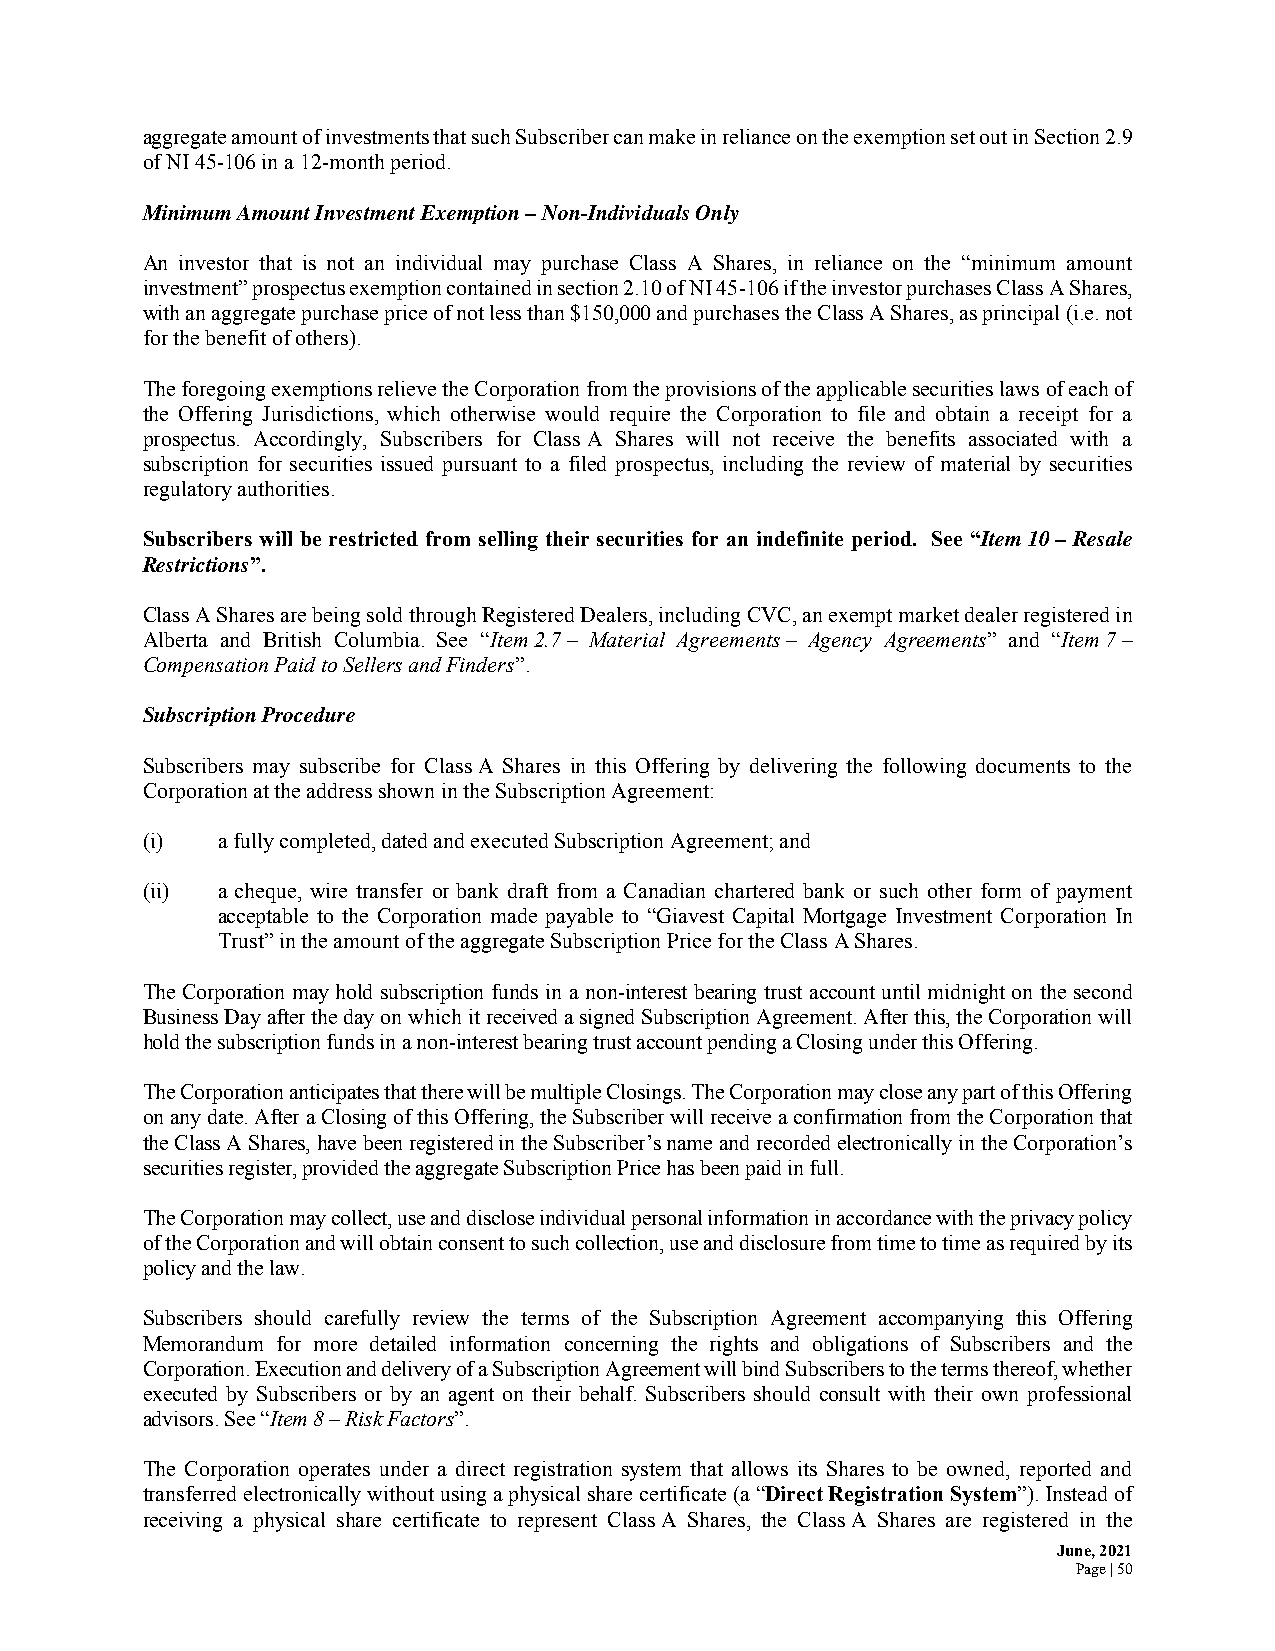
aggregate amount of investments that such Subscriber can make in reliance on the exemption set out in Section 2.9
 of NI 45-106 in a 12-month period.
 Minimum Amount Investment Exemption – Non-Individuals Only
 An investor that is not an individual may purchase Class A Shares, in reliance on the “minimum amount
 investment” prospectus exemption contained in section 2.10 of NI 45-106 if the investor purchases Class A Shares,
 with an aggregate purchase price of not less than $150,000 and purchases the Class A Shares, as principal (i.e. not
 for the benefit of others).
 The foregoing exemptions relieve the Corporation from the provisions of the applicable securities laws of each of
 the Offering Jurisdictions, which otherwise would require the Corporation to file and obtain a receipt for a
 prospectus. Accordingly, Subscribers for Class A Shares will not receive the benefits associated with a
 subscription for securities issued pursuant to a filed prospectus, including the review of material by securities
 regulatory authorities.
 Subscribers will be restricted from selling their securities for an indefinite period. See “Item 10 – Resale
 Restrictions”.
 Class A Shares are being sold through Registered Dealers, including CVC, an exempt market dealer registered in
 Alberta and British Columbia. See “Item 2.7 – Material Agreements – Agency Agreements” and “Item 7 –
 Compensation Paid to Sellers and Finders”.
 Subscription Procedure
 Subscribers may subscribe for Class A Shares in this Offering by delivering the following documents to the
 Corporation at the address shown in the Subscription Agreement:
 (i)  a fully completed, dated and executed Subscription Agreement; and
 (ii) a cheque, wire transfer or bank draft from a Canadian chartered bank or such other form of payment
 acceptable to the Corporation made payable to “Giavest Capital Mortgage Investment Corporation In
 Trust” in the amount of the aggregate Subscription Price for the Class A Shares.
 The Corporation may hold subscription funds in a non-interest bearing trust account until midnight on the second
 Business Day after the day on which it received a signed Subscription Agreement. After this, the Corporation will
 hold the subscription funds in a non-interest bearing trust account pending a Closing under this Offering.
 The Corporation anticipates that there will be multiple Closings. The Corporation may close any part of this Offering
 on any date. After a Closing of this Offering, the Subscriber will receive a confirmation from the Corporation that
 the Class A Shares, have been registered in the Subscriber’s name and recorded electronically in the Corporation’s
 securities register, provided the aggregate Subscription Price has been paid in full.
 The Corporation may collect, use and disclose individual personal information in accordance with the privacy policy
 of the Corporation and will obtain consent to such collection, use and disclosure from time to time as required by its
 policy and the law.
 Subscribers should carefully review the terms of the Subscription Agreement accompanying this Offering
 Memorandum for more detailed information concerning the rights and obligations of Subscribers and the
 Corporation. Execution and delivery of a Subscription Agreement will bind Subscribers to the terms thereof, whether
 executed by Subscribers or by an agent on their behalf. Subscribers should consult with their own professional
 advisors. See “Item 8 – Risk Factors”.
 The Corporation operates under a direct registration system that allows its Shares to be owned, reported and
 transferred electronically without using a physical share certificate (a “Direct Registration System”). Instead of
 receiving a physical share certificate to represent Class A Shares, the Class A Shares are registered in the
 June, 2021
 Page | 50